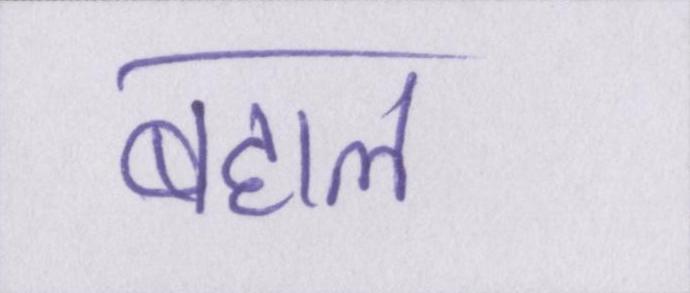
बहाल